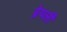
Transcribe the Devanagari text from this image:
ब्रेयर्ली